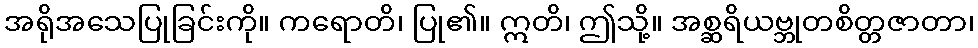
အရိုအသေပြုခြင်းကို။ ကရောတိ၊ ပြု၏။ ဣတိ၊ ဤသို့။ အစ္ဆရိယဗ္ဘုတစိတ္တဇာတာ၊